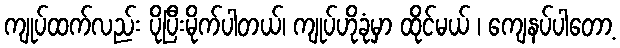
ကျုပ်ထက်လည်း ပိုပြီးမိုက်ပါတယ်၊ ကျုပ်ဟိုခုံမှာ ထိုင်မယ် ၊ ကျေနပ်ပါတော့